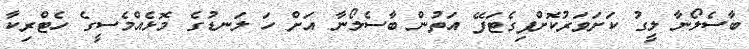
ބާސެލޯނާ ލީގު ކަށަވަރުކޮށްފިގެޓަފޭ އަތުން ބާސެލޯނާ އަށް ހަ ލަނޑުގެ މޮޅެއްމެސީގެ ހެޓްރިކާ